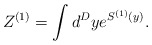
\begin{align*}Z^{(1)} = \int d^Dy e^{S^{(1)}(y)}.\end{align*}